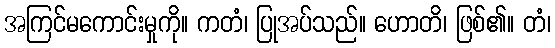
အကြင်မကောင်းမှုကို။ ကတံ၊ ပြုအပ်သည်။ ဟောတိ၊ ဖြစ်၏။ တံ၊